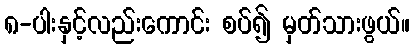
၈-ပါးနှင့်လည်းကောင်း စပ်၍ မှတ်သားဖွယ်။